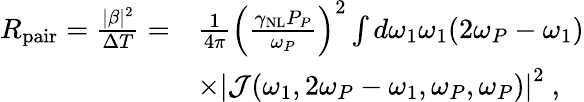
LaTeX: \begin{array}{rl}{R_{\mathrm{pair}}=\frac{|\beta|^{2}}{\Delta T}=}&{\frac{1}{4\pi}\left(\frac{\gamma_{\mathrm{NL}}P_{P}}{\omega_{P}}\right)^{2}\int d\omega_{1}\omega_{1}(2\omega_{P}-\omega_{1})}\\ &{\times\left|\mathcal{J}(\omega_{1},2\omega_{P}-\omega_{1},\omega_{P},\omega_{P})\right|^{2}\ ,}\end{array}